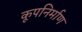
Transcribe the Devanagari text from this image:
कूपनिर्माण